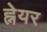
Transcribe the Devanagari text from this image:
ह्नेयर